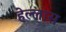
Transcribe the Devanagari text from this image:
हेल्लास